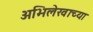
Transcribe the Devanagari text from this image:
अभिलेखाच्या